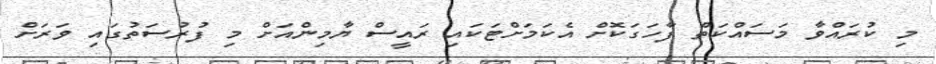
މި ކުރައްވާ މަސައްކަތް ފާހަގަކޮށް އެކަމަށްޓަކައި ރައީސް ޔާމިންއަށް މި ފުރުސަތުގައި ވަރަށް